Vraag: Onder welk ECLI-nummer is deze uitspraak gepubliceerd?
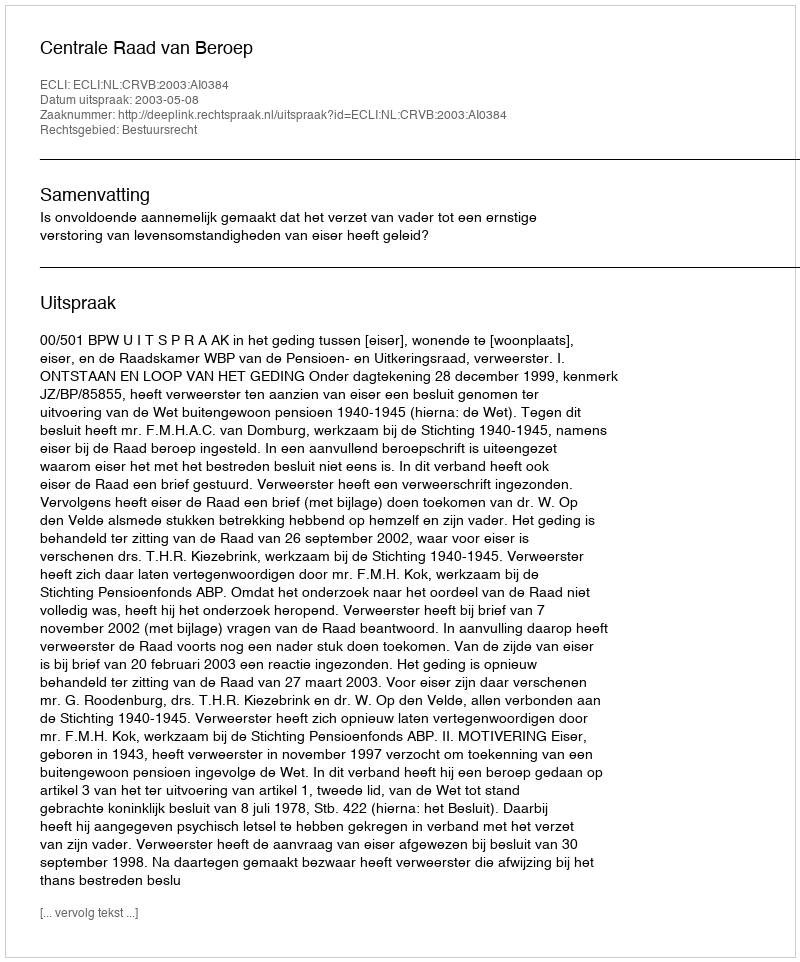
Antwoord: ECLI:NL:CRVB:2003:AI0384